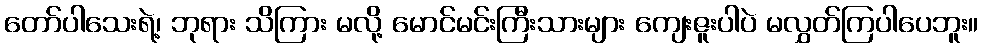
တော်ပါသေးရဲ့၊ ဘုရား သိကြား မလို့ မောင်မင်းကြီးသားများ ကျေးဇူးပါပဲ မလွှတ်ကြပါပေဘူး။